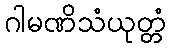
ဂါမဏိသံယုတ္တံ